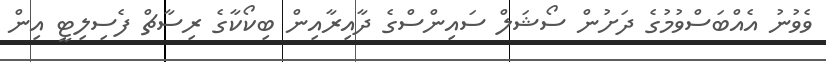
ވެވުނު އެއްބަސްވުމުގެ ދަށުން ސޯޝަލް ސައިންސްގެ ދާއިރާއިން ބިކޯކާގެ ރިސާޗް ފެސިލިޓީ އިން